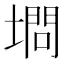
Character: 𰊥